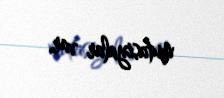
mutasiyalar var.